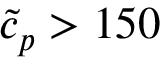
\tilde { c } _ { p } > 1 5 0